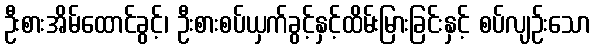
ဦးစားအိမ်ထောင်ခွင့်၊ ဦးစားစပ်ယှက်ခွင့်နှင့်ထိမ်းမြားခြင်းနှင့် စပ်လျဉ်းသော